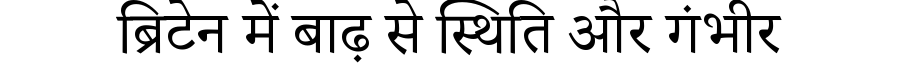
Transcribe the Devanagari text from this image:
ब्रिटेन में बाढ़ से स्थिति और गंभीर